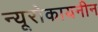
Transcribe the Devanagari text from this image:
न्यूरोकायनीन